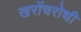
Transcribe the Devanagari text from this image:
खरोंचरोधी